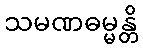
သမဏဓမ္မန္တိ